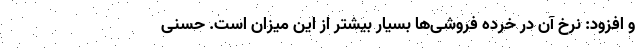
و افزود: نرخ آن در خرده فروشی‌ها بسیار بیشتر از این میزان است. حسنی